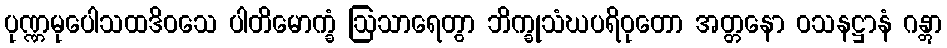
ပုဏ္ဏမုပေါသထဒိဝသေ ပါတိမောက္ခံ ဩသာရေတွာ ဘိက္ခုသံဃပရိဝုတော အတ္တနော ဝသနဋ္ဌာနံ ဂန္တွာ